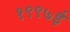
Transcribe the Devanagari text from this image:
१९९७ई